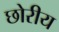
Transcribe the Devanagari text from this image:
छोरीय